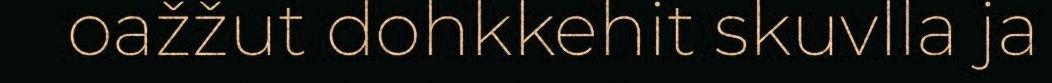
oažžut dohkkehit skuvlla ja